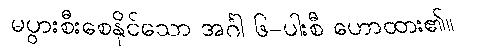
မပွားစီးစေနိုင်သော အင်္ဂါ ၆-ပါးစီ ဟောထား၏။